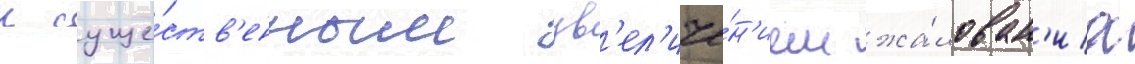
с суще́ств'енным ув'ел'иче́н'ием жа́лован'иа